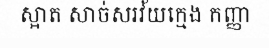
ស្អាត សាច់សរវ័យក្មេង កញ្ញា